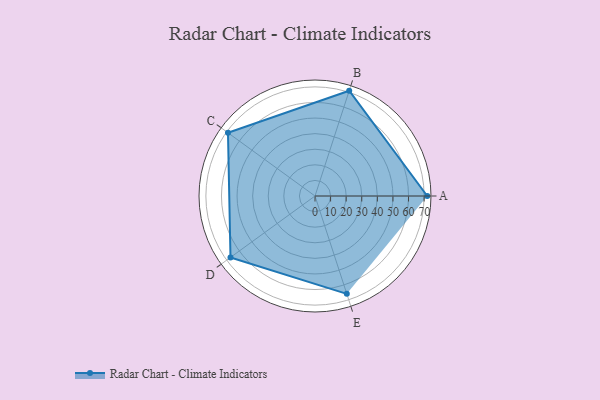
{"axis": {"x": "Skill", "y": "Score"}, "legend": ["Profile"], "data": [{"x": "A", "y": 72.0, "type": "Profile"}, {"x": "B", "y": 71.0, "type": "Profile"}, {"x": "C", "y": 69.0, "type": "Profile"}, {"x": "D", "y": 67.0, "type": "Profile"}, {"x": "E", "y": 66.0, "type": "Profile"}]}